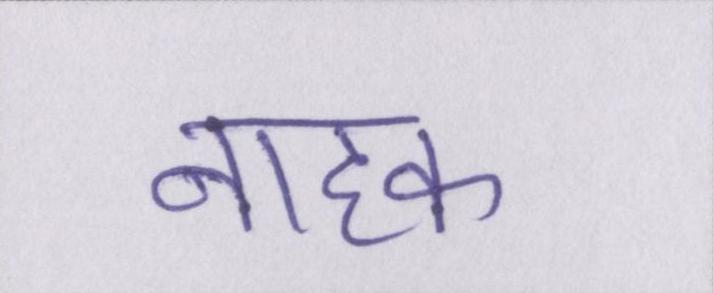
नाहक